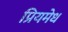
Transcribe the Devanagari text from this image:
प्रियमेध